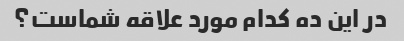
در این ده کدام مورد علاقه شماست؟